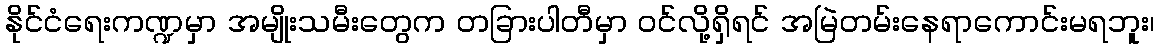
နိုင်ငံရေးကဏ္ဍမှာ အမျိုးသမီးတွေက တခြားပါတီမှာ ဝင်လို့ရှိရင် အမြဲတမ်းနေရာကောင်းမရဘူး၊